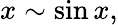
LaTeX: x\sim\sin x,